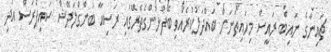
ޗައިނާގެ ނައިބް ރައީސް މިހައިތަނަށް ބައްދަލުކުރެއްވި ބޭފުޅުންގެތެރޭގައި ރަސިއާ ބަންގްލަދޭޝް ސައިޕްރަސް އަދި